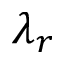
\lambda _ { r }